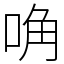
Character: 唃